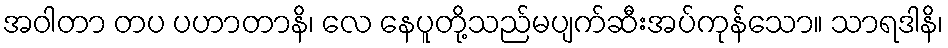
အဝါတာ တပ ပဟာတာနိ၊ လေ နေပူတို့သည်မပျက်ဆီးအပ်ကုန်သော။ သာရဒါနိ၊